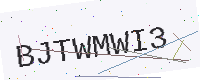
Text: BJTWMWI3